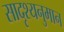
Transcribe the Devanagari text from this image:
सादृश्यनुमान